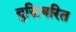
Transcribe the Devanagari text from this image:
बुद्धिचरित